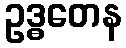
ဥဒ္ဓတေန